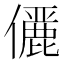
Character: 𠐚